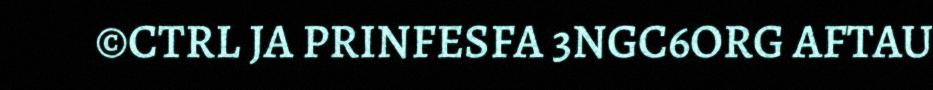
©CTRL JA PRINFESFA 3NGC6ORG AFTAU